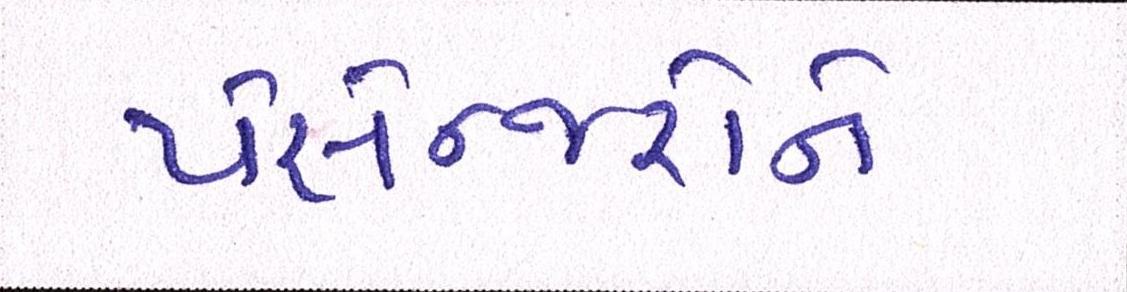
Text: પેસેન્જરોને